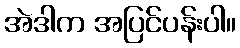
အဲဒါက အပြင်ပန်းပါ။